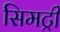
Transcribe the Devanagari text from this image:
सिमट्री